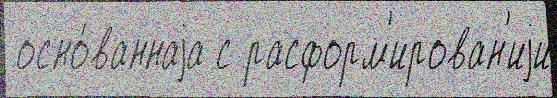
 осно́ваннаjа с расформ'ирован'иjи